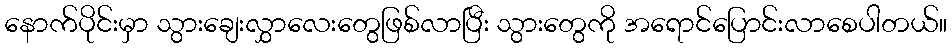
နောက်ပိုင်းမှာ သွားချေးလွှာလေးတွေဖြစ်လာပြီး သွားတွေကို အရောင်ပြောင်းလာစေပါတယ်။